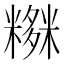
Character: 𥼫